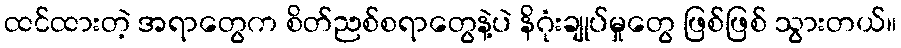
ထင်ထားတဲ့ အရာတွေက စိတ်ညစ်စရာတွေနဲ့ပဲ နိဂုံးချုပ်မှုတွေ ဖြစ်ဖြစ် သွားတယ်။